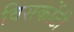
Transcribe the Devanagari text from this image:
विसकोंटी